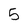
Character: 5